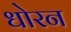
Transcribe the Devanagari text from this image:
धोरन